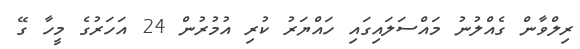
ރިލްވާން ގެއްލުނު މައްސަލައިގައި ހައްޔަރު ކުރި އުމުރުން 24 އަހަރުގެ މީހާ ގޭ